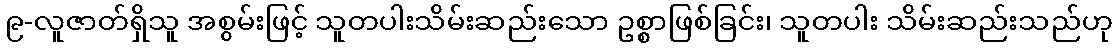
၉-လူဇာတ်ရှိသူ အစွမ်းဖြင့် သူတပါးသိမ်းဆည်းသော ဥစ္စာဖြစ်ခြင်း၊ သူတပါး သိမ်းဆည်းသည်ဟု